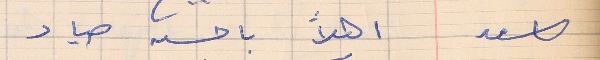
اسعد     اهلاً باحسن صياد